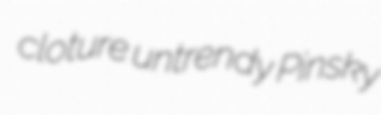
cloture untrendy Pinsky